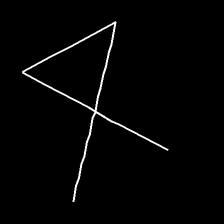
Glyph: collection